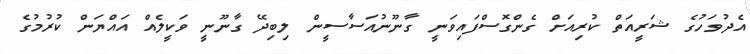
އެދުވަހުގެ ޝަރީއަތް ކުރިއަށް ގެންގޮސްފައިވަނީ ގާނޫނުއަސާސީން ލިބިދޭ ގާނޫނީ ވަކީލެއް އައްޔަން ކުރުމުގެ